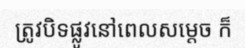
ត្រូវបិទផ្លូវនៅពេលសម្តេច ក៏